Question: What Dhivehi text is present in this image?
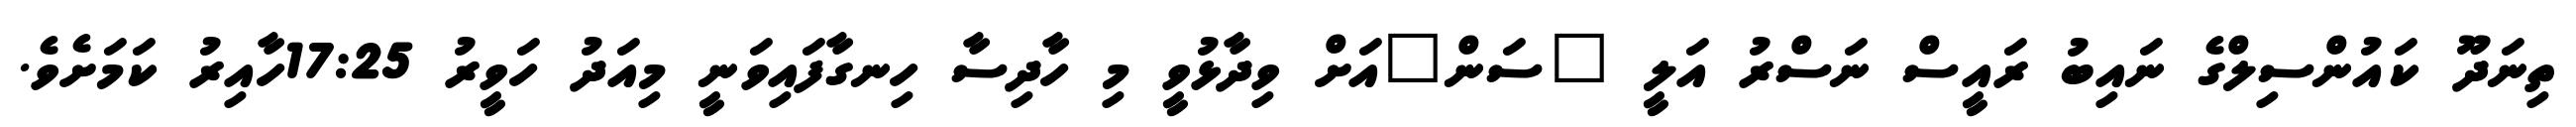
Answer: ތިނަދޫ ކައުންސިލްގެ ނައިބު ރައީސް ނަސްރު އަލީ "ސަން"އަށް ވިދާޅުވީ މި ހާދިސާ ހިނގާފައިވަނީ މިއަދު ހަވީރު 17:25ހާއިރު ކަމަށެވެ.